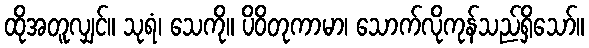
ထိုအတူလျှင်။ သုရံ၊ သေကို။ ပိဝိတုကာမာ၊ သောက်လိုကုန်သည်ရှိသော်။